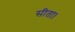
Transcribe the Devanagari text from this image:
सीता।